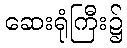
ဆေးရုံကြီး၌